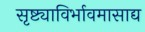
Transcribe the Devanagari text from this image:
सृष्ट्याविर्भावमासाद्य